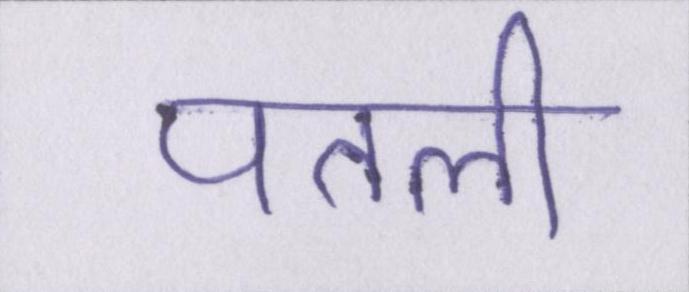
पतली